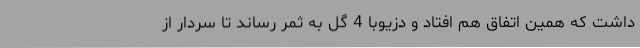
داشت که همین اتفاق هم افتاد و دزیوبا 4 گل به ثمر رساند تا سردار از